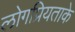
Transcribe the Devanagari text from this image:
लोगप्रियताके